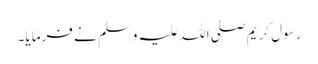
رسول کریم صلی اللہ علیہ وسلم نے فرمایا۔